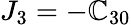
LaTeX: J_{3}=-\mathbb{C}_{30}